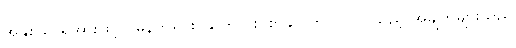
အနှစ်သာရအားဖြင့် ပိုမိုနက်ရှိုင်းပါကြောင်း၊ စာချုပ်တွင် ပါဝင်သည့် အချက်များသည်